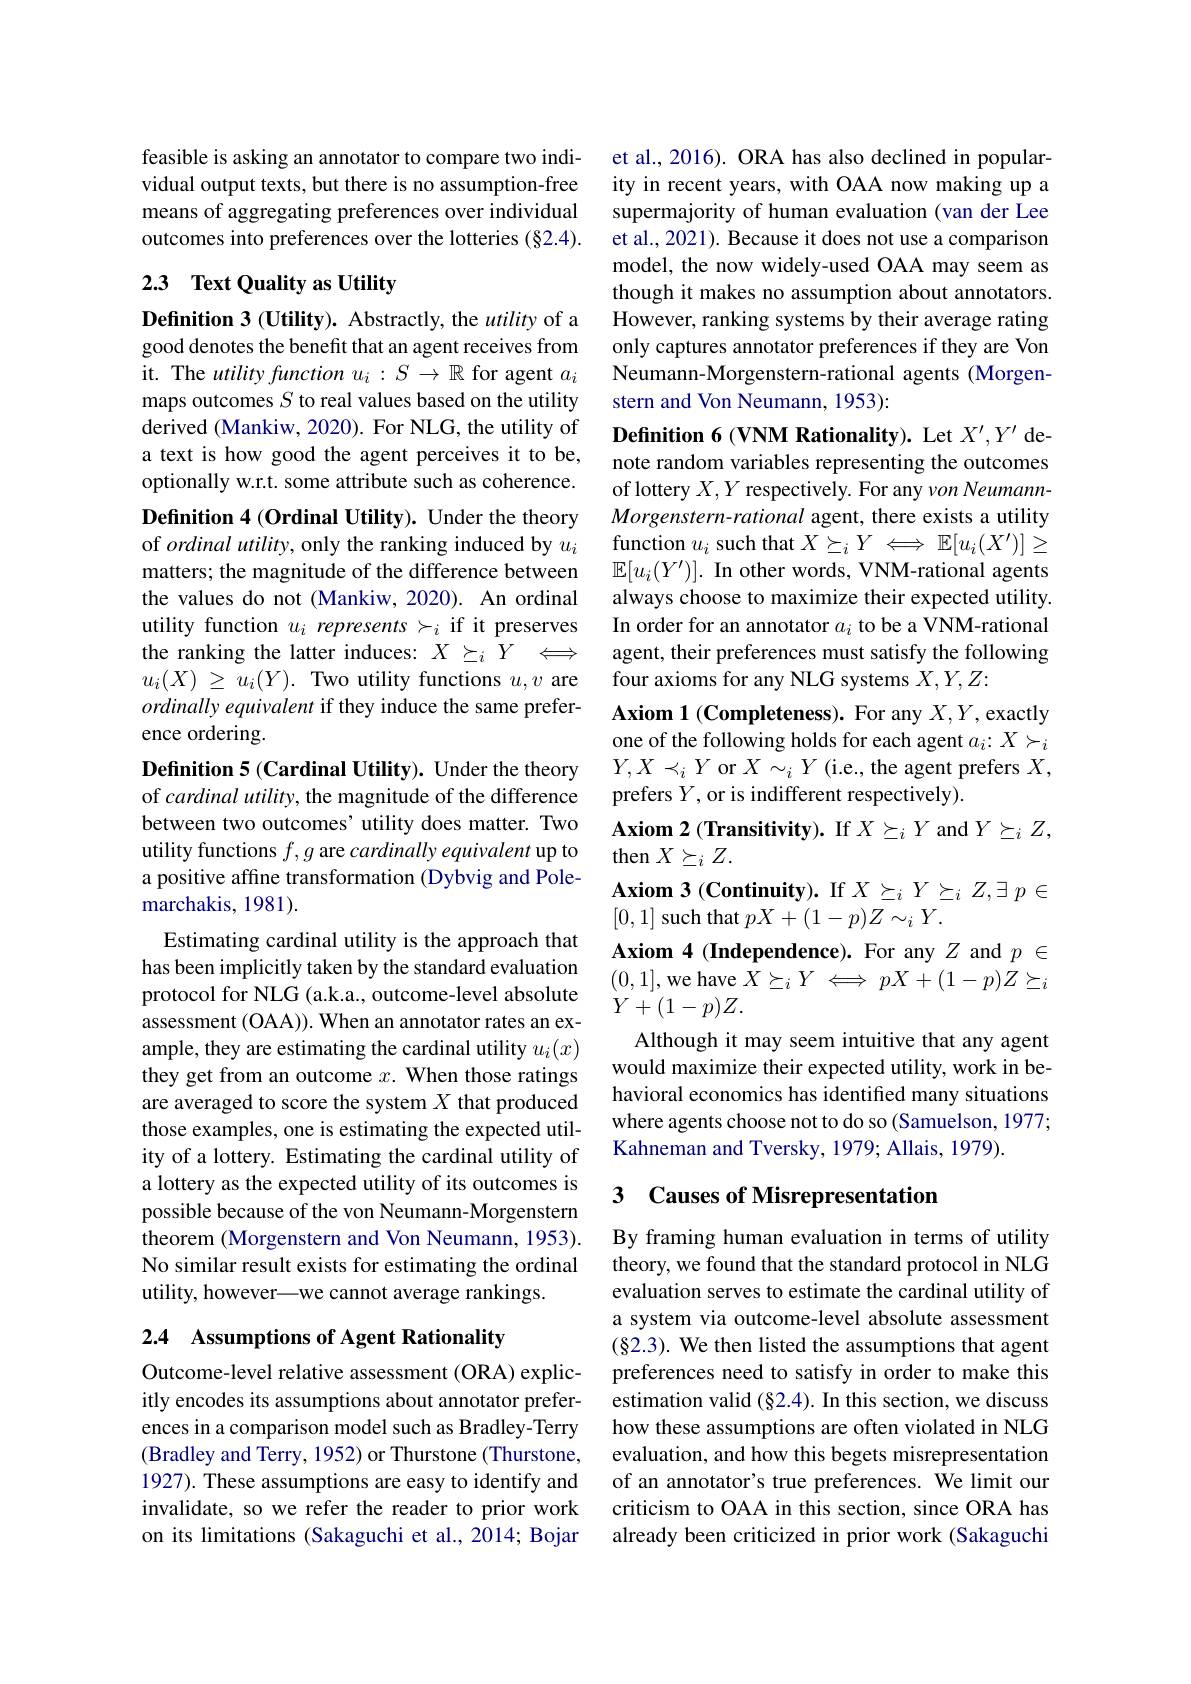
feasible is asking an annotator to compare two individual output texts, but there is no assumption-free means of aggregating preferences over individual outcomes into preferences over the lotteries (§2.4).

## 2.3 Text Quality as Utility

Definition 3 (Utility). Abstractly, the utility of a good denotes the benefit that an agent receives from it. The utility function $u_i:S\to\mathbb{R}$ for agent $a_i$ maps outcomes $S$ to real values based on the utility derived (Mankiw, 2020). For NLG, the utility of a text is how good the agent perceives it to be, optionally w.r.t. some attribute such as coherence.

Definition 4 (Ordinal Utility). Under the theory of ordinal utility, only the ranking induced by $u_i$ matters; the magnitude of the difference between the values do not (Mankiw, 2020). An ordinal utility function $u_i\textit{ represents }\succ _i$ if it preserves the ranking the latter induces: $X\succeq_iY\Longleftrightarrow$ $u_{i}( X)$ $\geq$ $u_{i}( Y) .$ Two utility functions $u,v$ are $ordinally\textit{ equivalent if they induce the same prefer- }$ ence ordering.
Definition 5 (Cardinal Utility). Under the theory of cardinal utility, the magnitude of the difference between two outcomes' utility does matter. Two utility functions $f,g$ are cardinally equivalent up to a positive affine transformation (Dybvig and Polemarchakis, 1981).
Estimating cardinal utility is the approach that has been implicitly taken by the standard evaluation protocol for NLG (a.k.a., outcome-level absolute assessment (OAA)). When an annotator rates an example, they are estimating the cardinal utility $u_i(x)$ they get from an outcome $x. \textbf{When those ratings}$ are averaged to score the system $X$ that produced those examples, one is estimating the expected utility of a lottery. Estimating the cardinal utility of a lottery as the expected utility of its outcomes is possible because of the von Neumann-Morgenstern theorem (Morgenstern and Von Neumann, 1953). No similar result exists for estimating the ordinal utility, however—we cannot average rankings.

# 2.4 Assumptions of Agent Rationality

Outcome-level relative assessment (ORA) explicitly encodes its assumptions about annotator preferences in a comparison model such as Bradley-Terry (Bradley and Terry, 1952) or Thurstone (Thurstone, 1927). These assumptions are easy to identify and invalidate, so we refer the reader to prior work on its limitations (Sakaguchi et al., 2014; Bojar

et al., 2016). ORA has also declined in popularity in recent years, with OAA now making up a supermajority of human evaluation (van der Lee et al., 2021). Because it does not use a comparison model, the now widely-used OAA may seem as though it makes no assumption about annotators. However, ranking systems by their average rating only captures annotator preferences if they are Von Neumann-Morgenstern-rational agents (Morgenstern and Von Neumann, 1953):

Definition 6 (VNM Rationality). Let $X^{\prime},Y^{\prime}$ denote random variables representing the outcomes Morgenstern- rational agent, there exists a utility function $u_i$ such that $X\succeq_iY\Longleftrightarrow\mathbb{E}[u_i(X^{\prime})]\geq$ $\mathbb{E}[u_{i}(Y^{\prime})].$ In other words, VNM-rational agents always choose to maximize their expected utility. In order for an annotator $a_i$ to be a VNM-rational agent, their preferences must satisfy the following four axioms for any NLG systems $X,Y,Z:$
$\mathbf{Axiom~1~(Completeness).~For~any~X,Y,exactly}$ one of the following holds for each agent $a_i{:}X\succ_i$ $Y,X\prec_iY$ or $X\sim_iY$ (i.e., the agent prefers $X$, prefers $Y$, or is indifferent respectively).
Axiom 2 (Transitivity). If $X\succeq_iY$ and $Y\succeq_iZ$,
then $X\succeq_iZ.$
$\textbf{Axiom 3 ( Continuity) . If }X\succeq _iY\succeq _iZ, \exists p\in$
[0,1] such that $pX+(1-p)Z\sim_iY.$
Axiom 4 (Independence). For any $Z$ and $p\in$ (0,1],we have $X\succeq_iY\iff pX+(1-p)Z\succeq_i$ $\dot{Y}+(1-p)Z.$
Although it may seem intuitive that any agent would maximize their expected utility, work in behavioral economics has identified many situations where agents choose not to do so (Samuelson, 1977; Kahneman and Tversky, 1979; Allais, 1979).

## 3 Causes of Misrepresentation

By framing human evaluation in terms of utility theory, we found that the standard protocol in NLG evaluation serves to estimate the cardinal utility of a system via outcome-level absolute assessment (§2.3). We then listed the assumptions that agent preferences need to satisfy in order to make this estimation valid $(\S2.4).$ In this section, we discuss how these assumptions are often violated in NLG evaluation, and how this begets misrepresentation of an annotator's true preferences. We limit our criticism to OAA in this section, since ORA has already been criticized in prior work (Sakaguchi